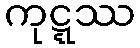
ကုဋ္ဋဿ